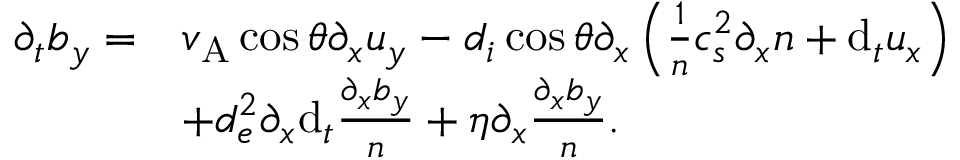
\begin{array} { r l } { \partial _ { t } b _ { y } = } & { v _ { \mathrm { A } } \cos \theta \partial _ { x } u _ { y } - d _ { i } \cos \theta \partial _ { x } \left( \frac { 1 } { n } c _ { s } ^ { 2 } \partial _ { x } n + \mathrm { d } _ { t } u _ { x } \right) } \\ & { + d _ { e } ^ { 2 } \partial _ { x } \mathrm { d } _ { t } \frac { \partial _ { x } b _ { y } } { n } + \eta \partial _ { x } \frac { \partial _ { x } b _ { y } } { n } . } \end{array}